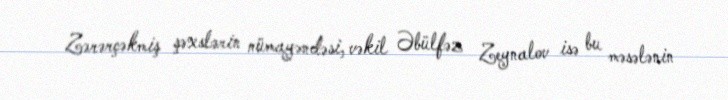
Zərərçəkmiş şəxslərin nümayəndəsi, vəkil Əbülfəz Zeynalov isə bu məsələnin